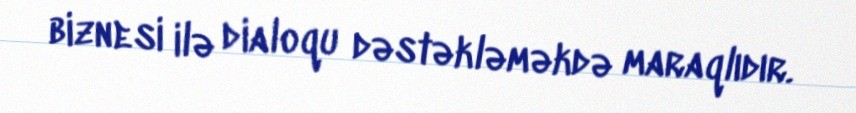
biznesi ilə dialoqu dəstəkləməkdə maraqlıdır.